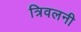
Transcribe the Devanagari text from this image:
त्रिवलनी